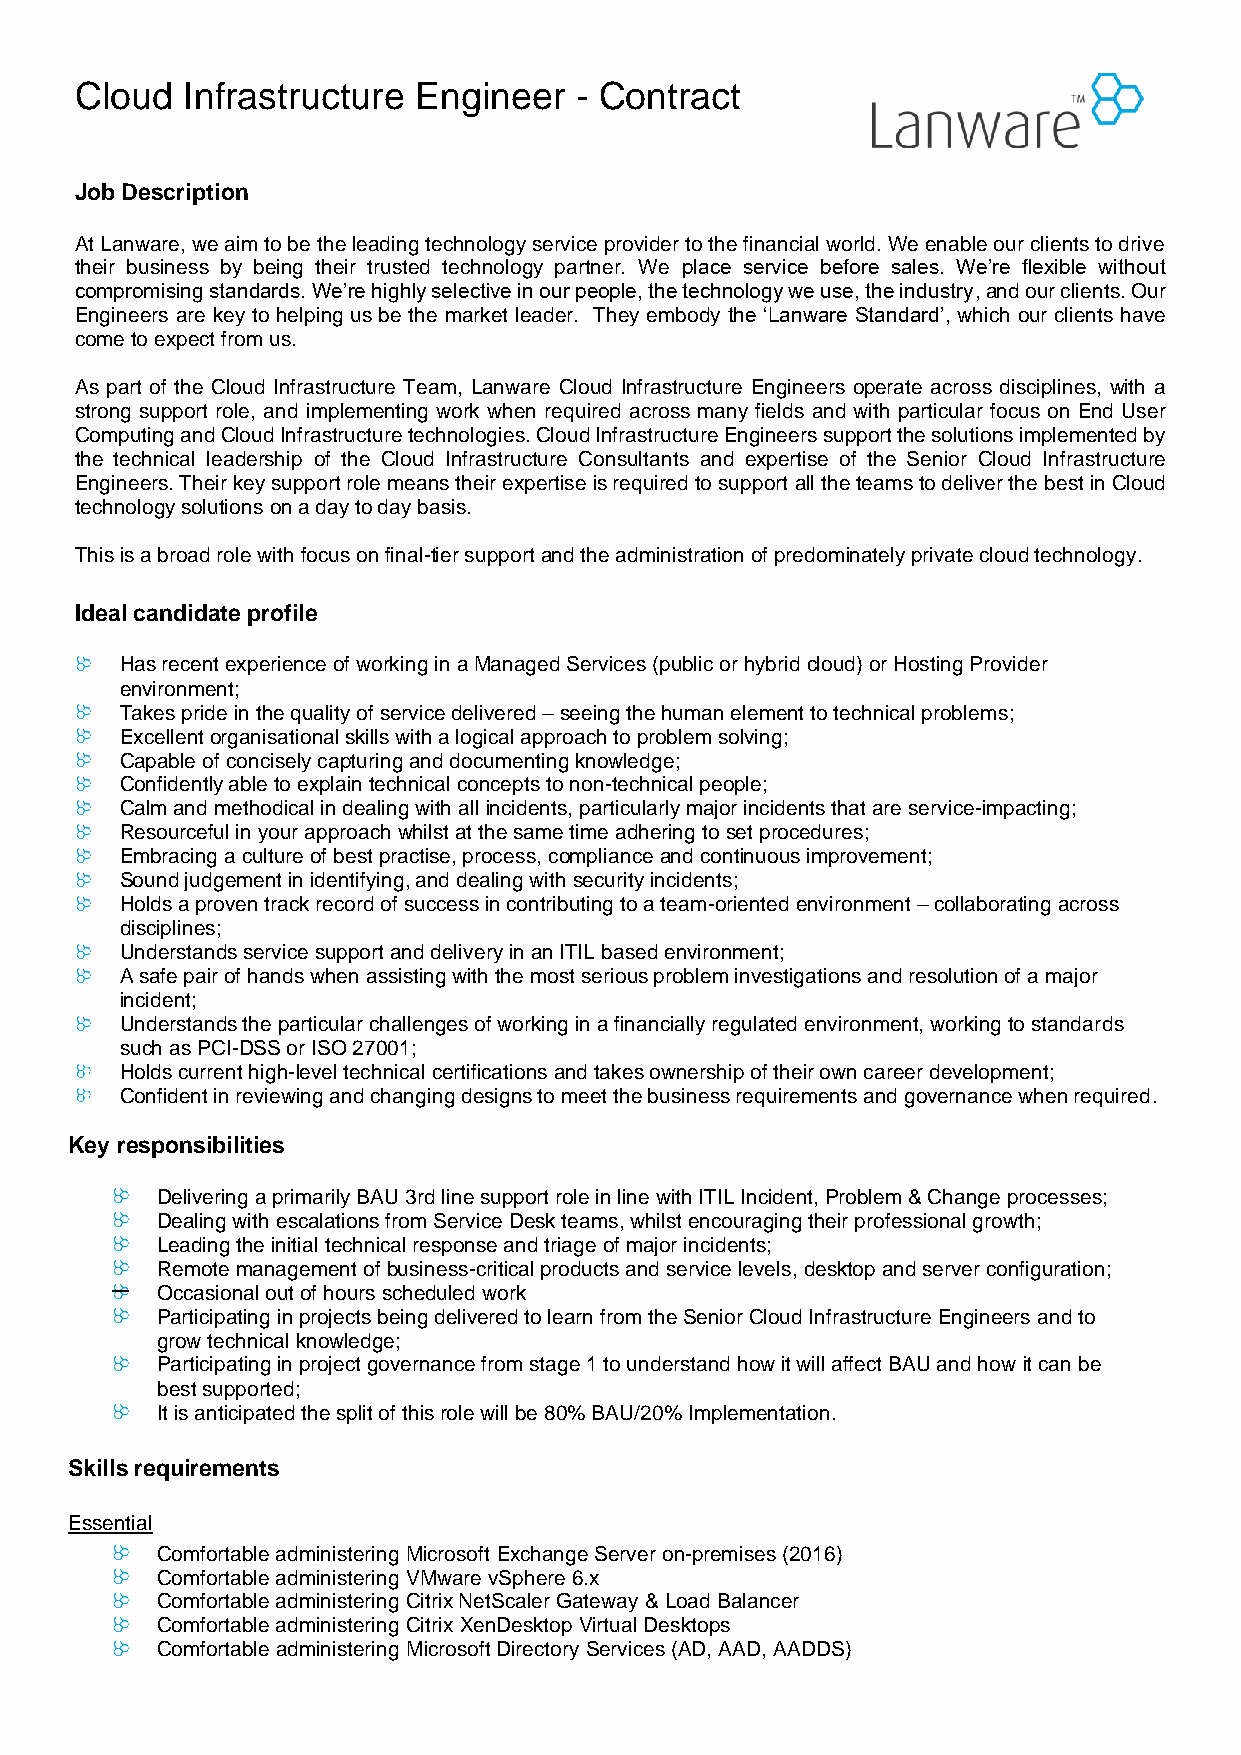
Cloud  Infrastructure Engineer   - Contract
 Job Description
 At Lanware, we aim to be the leading technology service provider to the financial world. We enable our clients to drive
 their business by being their trusted technology partner. We place service before sales. We’re flexible without
 compromising standards. We’re highly selective in our people, the technology we use, the industry, and our clients. Our
 Engineers are key to helping us be the market leader. They embody the ‘Lanware Standard’, which our clients have
 come to expect from us.
 As part of the Cloud Infrastructure Team, Lanware Cloud Infrastructure Engineers operate across disciplines, with a
 strong support role, and implementing work when required across many fields and with particular focus on End User
 Computing and Cloud Infrastructure technologies. Cloud Infrastructure Engineers support the solutions implemented by
 the technical leadership of the Cloud Infrastructure Consultants and expertise of the Senior Cloud Infrastructure
 Engineers. Their key support role means their expertise is required to support all the teams to deliver the best in Cloud
 technology solutions on a day to day basis.
 This is a broad role with focus on final-tier support and the administration of predominately private cloud technology.
 Ideal candidate profile
 Has recent experience of working in a Managed Services (public or hybrid cloud) or Hosting Provider
 environment;
 Takes pride in the quality of service delivered – seeing the human element to technical problems;
 Excellent organisational skills with a logical approach to problem solving;
 Capable of concisely capturing and documenting knowledge;
 Confidently able to explain technical concepts to non-technical people;
 Calm and methodical in dealing with all incidents, particularly major incidents that are service-impacting;
 Resourceful in your approach whilst at the same time adhering to set procedures;
 Embracing a culture of best practise, process, compliance and continuous improvement;
 Sound judgement in identifying, and dealing with security incidents;
 Holds a proven track record of success in contributing to a team-oriented environment – collaborating across
 disciplines;
 Understands service support and delivery in an ITIL based environment;
 A safe pair of hands when assisting with the most serious problem investigations and resolution of a major
 incident;
 Understands the particular challenges of working in a financially regulated environment, working to standards
 such as PCI-DSS or ISO 27001;
 Holds current high-level technical certifications and takes ownership of their own career development;
 Confident in reviewing and changing designs to meet the business requirements and governance when required.
 Key responsibilities
 Delivering a primarily BAU 3rd line support role in line with ITIL Incident, Problem & Change processes;
 Dealing with escalations from Service Desk teams, whilst encouraging their professional growth;
 Leading the initial technical response and triage of major incidents;
 Remote management of business-critical products and service levels, desktop and server configuration;
 Occasional out of hours scheduled work
 Participating in projects being delivered to learn from the Senior Cloud Infrastructure Engineers and to
 grow technical knowledge;
 Participating in project governance from stage 1 to understand how it will affect BAU and how it can be
 best supported;
 It is anticipated the split of this role will be 80% BAU/20% Implementation.
 Skills requirements
 Essential
 Comfortable administering Microsoft Exchange Server on-premises (2016)
 Comfortable administering VMware vSphere 6.x
 Comfortable administering Citrix NetScaler Gateway & Load Balancer
 Comfortable administering Citrix XenDesktop Virtual Desktops
 Comfortable administering Microsoft Directory Services (AD, AAD, AADDS)